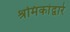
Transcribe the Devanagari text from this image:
श्रमिकांद्वारे